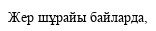
Жер шұрайы байларда,